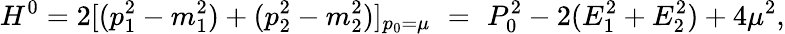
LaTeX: H^{0}=2[(p_{1}^{2}-m_{1}^{2})+(p_{2}^{2}-m_{2}^{2})]_{p_{0}=\mu}\, \, =\, \, P_{0}^{2}-2(E_{1}^{2}+E_{2}^{2})+4\mu^{2},